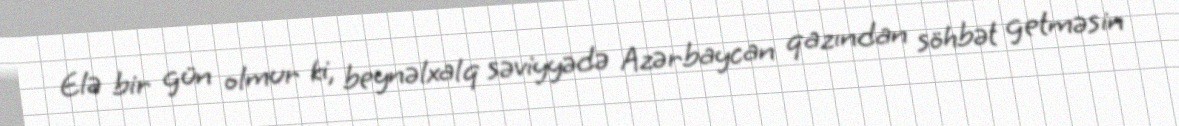
Elə bir gün olmur ki, beynəlxalq səviyyədə Azərbaycan qazından söhbət getməsin